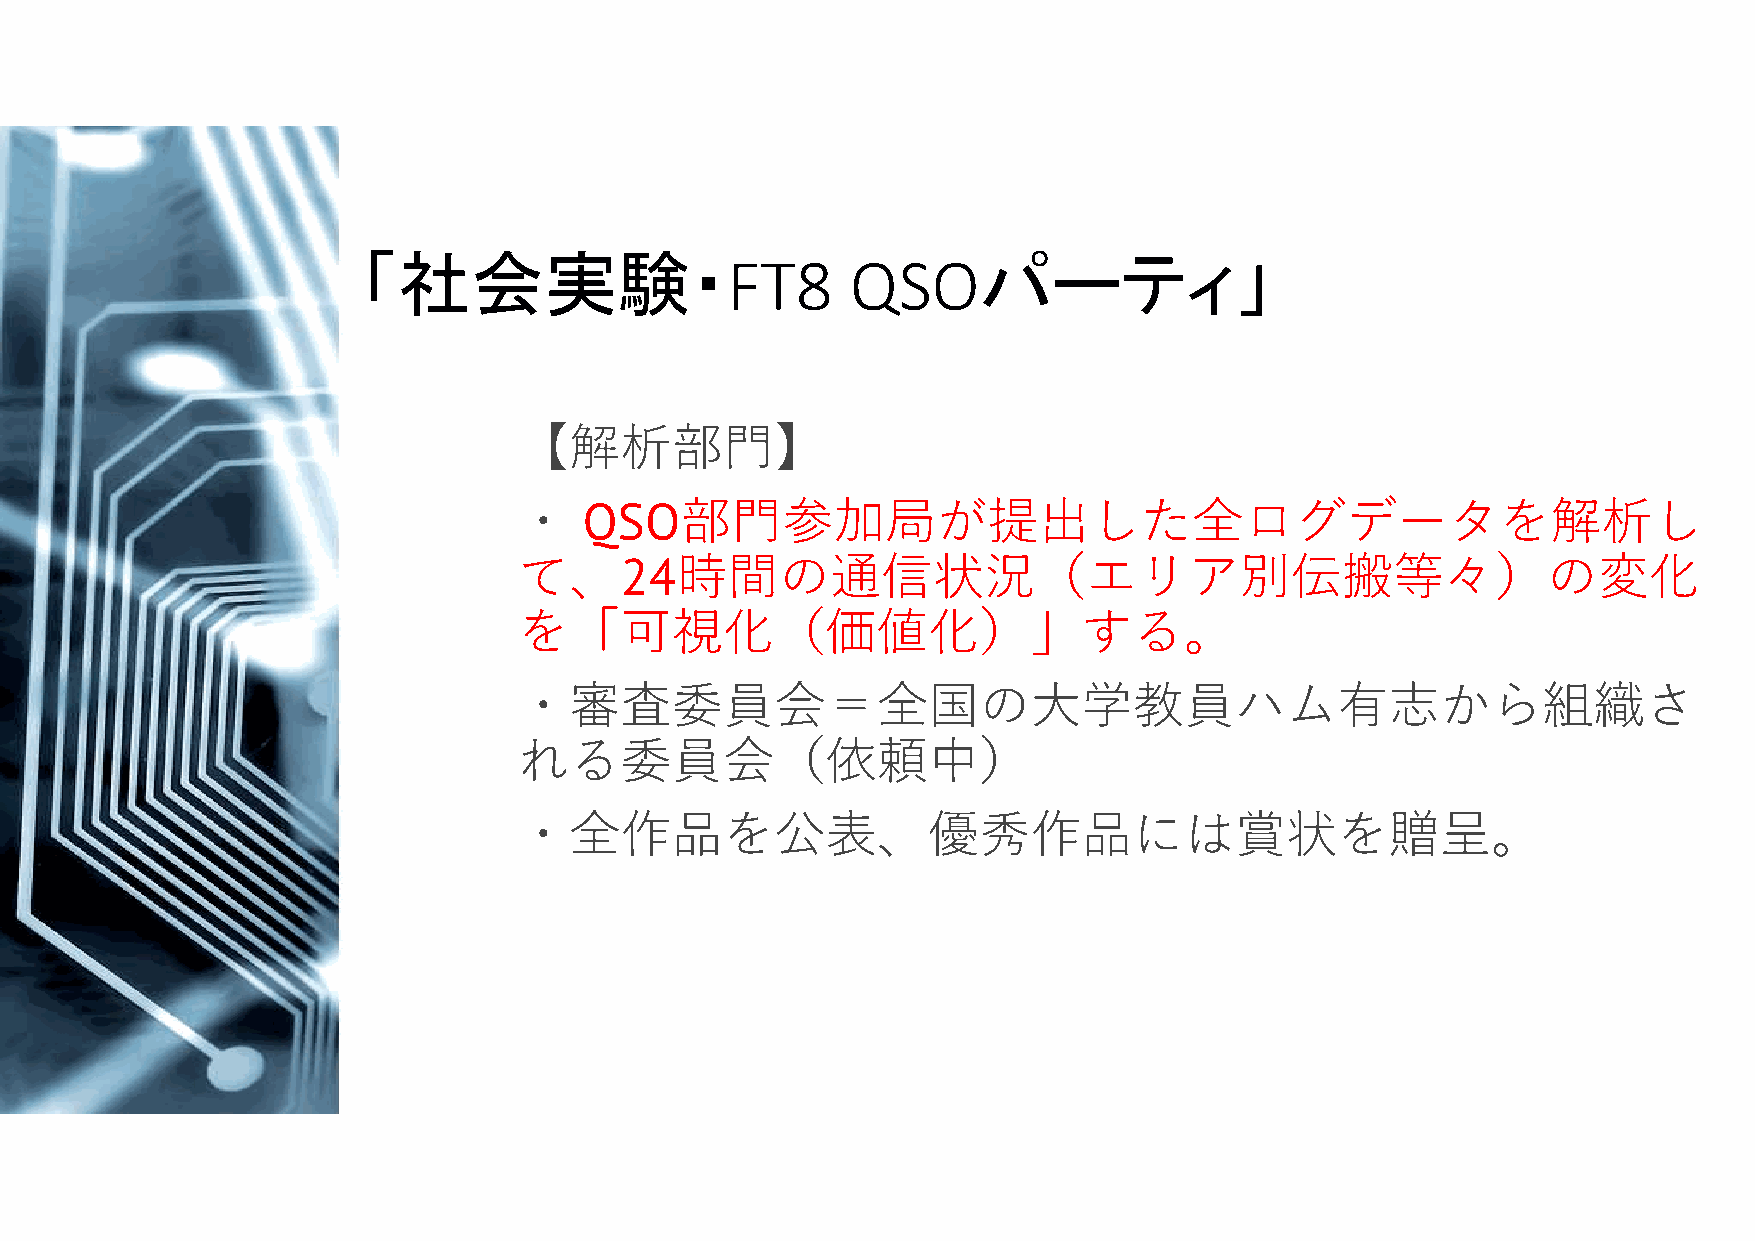
「社会実験・                                   パーティ」
 FT8     QSO
 【解析部門】
 ・    QSO部門参加局が提出した全ログデータを解析し
 て、24時間の通信状況（エリア別伝搬等々）の変化
 を「可視化（価値化）」する。
 ・審査委員会＝全国の大学教員ハム有志から組織さ
 れる委員会（依頼中）
 ・全作品を公表、優秀作品には賞状を贈呈。